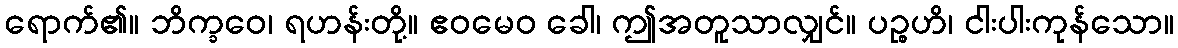
ရောက်၏။ ဘိက္ခဝေ၊ ရဟန်းတို့။ ဧဝမေဝ ခေါ၊ ဤအတူသာလျှင်။ ပဉ္စဟိ၊ ငါးပါးကုန်သော။